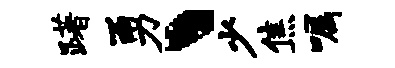
躇勇丶少焦嘱